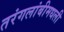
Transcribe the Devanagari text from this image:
तरंगलांबीमधली